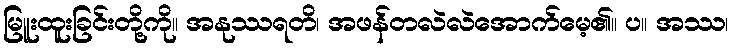
မြူးထူးခြင်းတို့ကို။ အနုဿရတိ၊ အဖန်တလဲလဲအောက်မေ့၏။ ပ။ အဿ၊